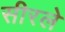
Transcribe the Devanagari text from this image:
सीरले